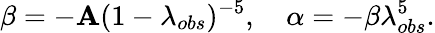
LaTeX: \beta=-\mathbf{A}(1-\lambda_{obs})^{-5},\quad\alpha=-\beta\lambda_{obs}^{5}.